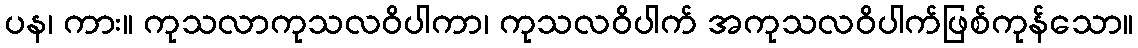
ပန၊ ကား။ ကုသလာကုသလဝိပါကာ၊ ကုသလဝိပါက် အကုသလဝိပါက်ဖြစ်ကုန်သော။